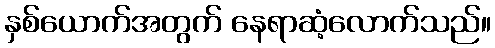
နှစ်ယောက်အတွက် နေရာဆံ့လောက်သည်။